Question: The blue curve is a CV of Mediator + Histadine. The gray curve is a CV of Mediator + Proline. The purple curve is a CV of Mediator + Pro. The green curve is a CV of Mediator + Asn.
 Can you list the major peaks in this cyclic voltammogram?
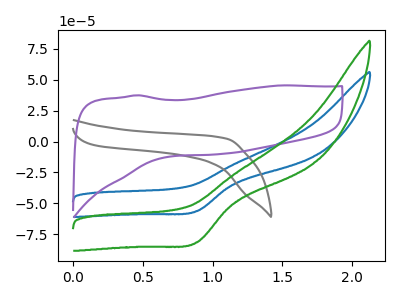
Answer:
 <answer>The blue curve "Mediator + Histadine" has a cathodic peak at: (0.90V, -56.30uA). The gray curve "Mediator + Proline" has no peaks. The purple curve "Mediator + Pro" has no peaks. The green curve "Mediator + Asn" has a cathodic peak at: (0.90V, -81.60uA).</answer>
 <eval></eval>